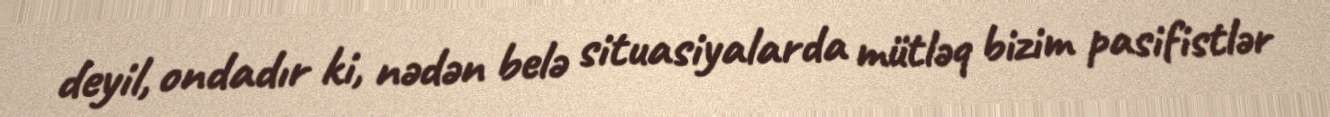
deyil, ondadır ki, nədən belə situasiyalarda mütləq bizim pasifistlər